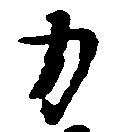
力